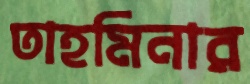
তাহমিনার